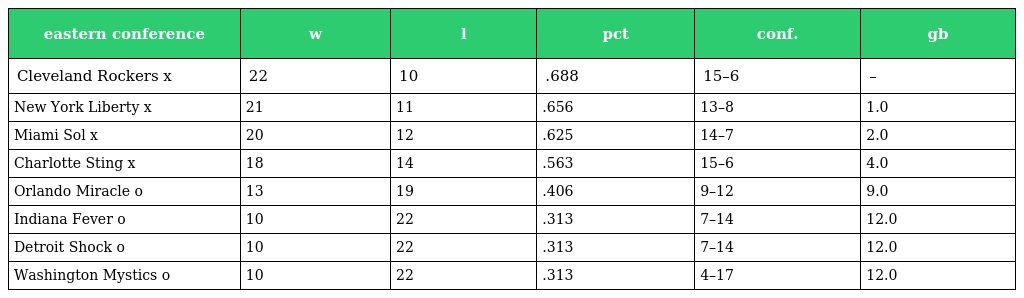
| eastern conference | w | l | pct | conf. | gb |
 | --- | --- | --- | --- | --- | --- |
 | Cleveland Rockers x | 22 | 10 | .688 | 15–6 | – |
 | New York Liberty x | 21 | 11 | .656 | 13–8 | 1.0 |
 | Miami Sol x | 20 | 12 | .625 | 14–7 | 2.0 |
 | Charlotte Sting x | 18 | 14 | .563 | 15–6 | 4.0 |
 | Orlando Miracle o | 13 | 19 | .406 | 9–12 | 9.0 |
 | Indiana Fever o | 10 | 22 | .313 | 7–14 | 12.0 |
 | Detroit Shock o | 10 | 22 | .313 | 7–14 | 12.0 |
 | Washington Mystics o | 10 | 22 | .313 | 4–17 | 12.0 |